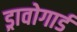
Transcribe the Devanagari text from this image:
ड्रावोगार्ड